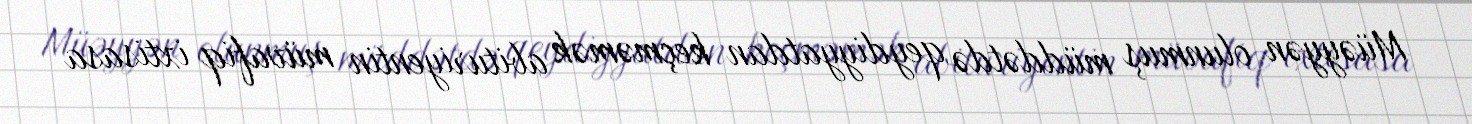
Müəyyən olunmuş müddətdə qeydiyyatdan keçməmək abituriyentin müvafiq ixtisasa